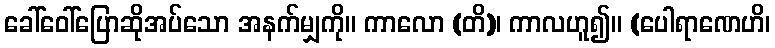
ခေါ်ဝေါ်ပြောဆိုအပ်သော အနက်မျှကို။ ကာလော (တိ)၊ ကာလဟူ၍။ (ပေါရာဏေဟိ၊